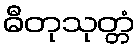
ဓီတုသုတ္တံ